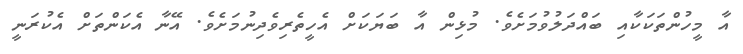
އާ މީހުންތަކަކާއި ބައްދަލުވުމަށެވެ. މުޅިން އާ ބަޔަކަށް އެހީތެރިވެދިނުމަށެވެ. އޭނާ އެކަންތަށް އެކުރަނީ